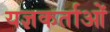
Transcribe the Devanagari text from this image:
यज्ञकर्ताओं